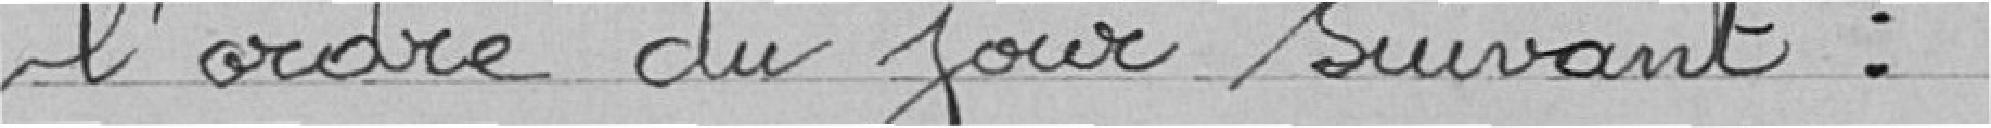
l'ordre du jour suivant :